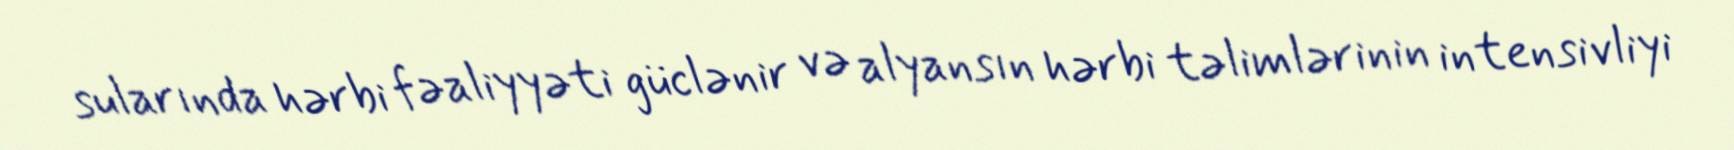
sularında hərbi fəaliyyəti güclənir və alyansın hərbi təlimlərinin intensivliyi